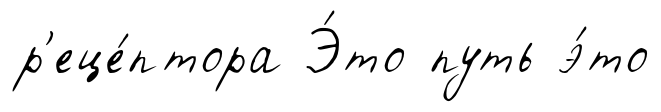
р'еце́птора Э́то путь э́то